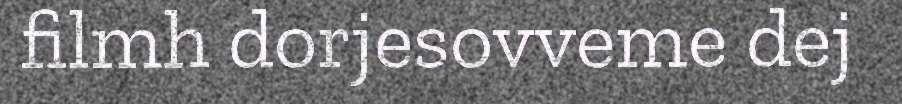
filmh dorjesovveme dej